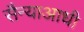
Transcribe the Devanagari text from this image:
सैन्याआधी